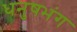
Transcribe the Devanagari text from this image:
धनुषभंग